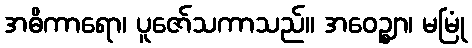
အဓိကာရော၊ ပူဇော်သကာသည်။ အဝေဉ္ဈာ၊ မမြုံ